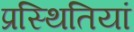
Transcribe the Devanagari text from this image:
प्रस्थितियां